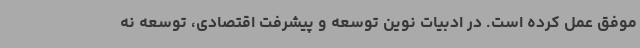
موفق عمل کرده است. در ادبیات نوین توسعه و پیشرفت اقتصادی، توسعه نه